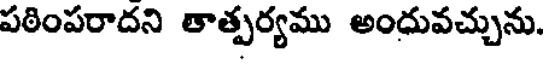
పఠింపరాదని తాత్పర్యము అంధువచ్చును.